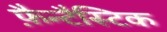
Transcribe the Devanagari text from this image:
फ़ैन्टैस्टिक